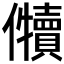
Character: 𱏡